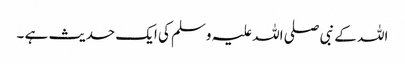
اللہ کے نبی صلی اللہ علیہ وسلم کی ایک حدیث ہے ۔